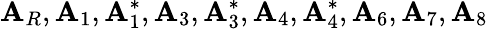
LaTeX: \mathbf{A}_{R},\mathbf{A}_{1},\mathbf{A}_{1}^{*},\mathbf{A}_{3},\mathbf{A}_{3}^{*},\mathbf{A}_{4},\mathbf{A}_{4}^{*},\mathbf{A}_{6},\mathbf{A}_{7},\mathbf{A}_{8}